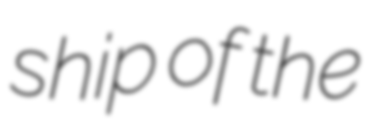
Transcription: ship of the